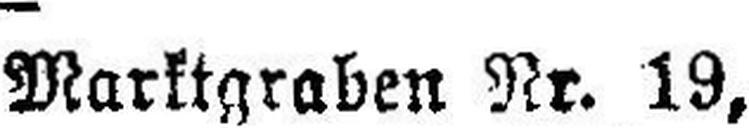
Marktgraben Nr. 19,